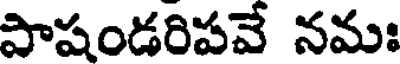
పాషండరిపవే నమః